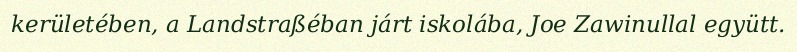
kerületében, a Landstraßéban járt iskolába, Joe Zawinullal együtt.